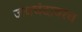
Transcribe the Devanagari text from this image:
जयचंदावरच